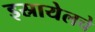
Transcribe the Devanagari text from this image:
इस्रायेलचे